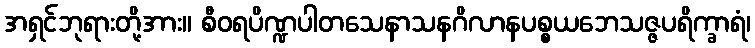
အရှင်ဘုရားတို့အား။ စီဝရပိဏ္ဍပါတသေနာသနဂိလာနပစ္စယဘေသဇ္ဇပရိက္ခာရံ၊